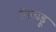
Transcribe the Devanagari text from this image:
निखंडू